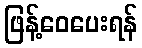
ဖြန့်ဝေပေးရန်